Annual report on the mental hospital in the Central Provinces and Berar (Nagpur) - 1927-1951
Year: 1927
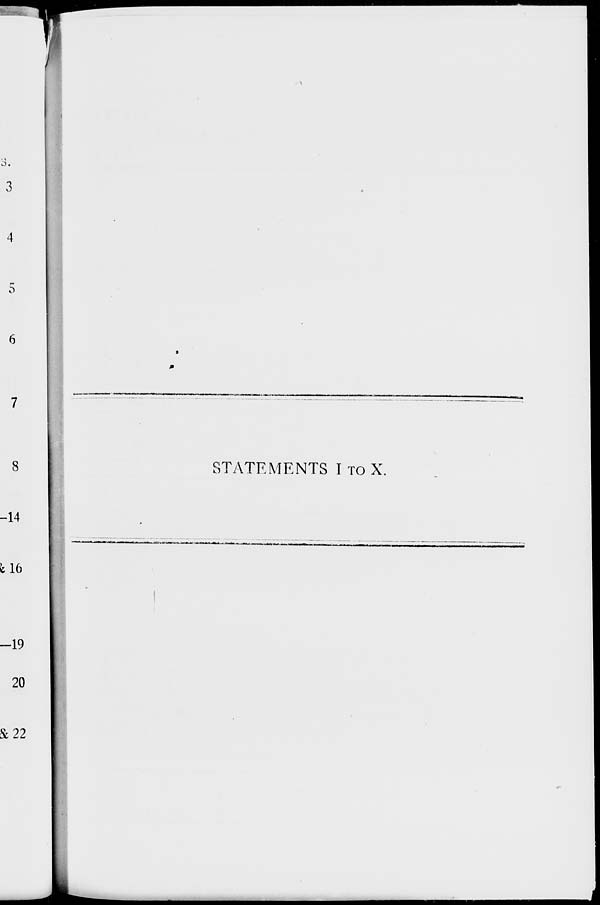
STATEMENTS I TO X.